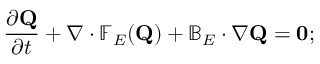
\frac { \partial \mathbf { Q } } { \partial t } + \nabla \cdot \mathbb { F } _ { E } ( \mathbf { Q } ) + \mathbb { B } _ { E } \cdot \nabla \mathbf { Q } = \mathbf { 0 } ;